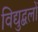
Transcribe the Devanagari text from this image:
विद्युद्बलों